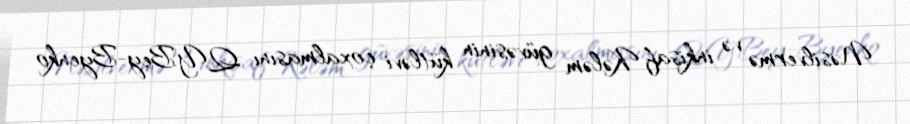
Nəsilvermə və inkişaf Kələm güvəsinin kütləvi çoxalmasını Q.Y.Bey-Byenko